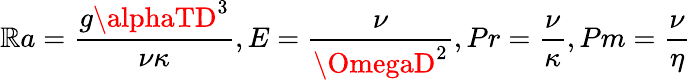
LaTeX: \mathbb{R}a={\frac{{g\alphaTD^{3}}}{{\nu\kappa}}},E={\frac{{\nu}}{{\OmegaD^{2}}}},Pr={\frac{{\nu}}{{\kappa}}},Pm={\frac{{\nu}}{{\eta}}}